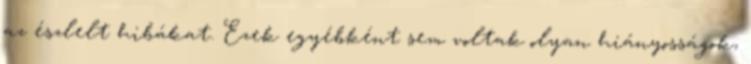
az észlelt hibákat. Ezek egyébként sem voltak olyan hiányosságok,